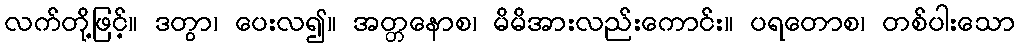
လက်တို့ဖြင့်။ ဒတွာ၊ ပေးလ၍။ အတ္တနောစ၊ မိမိအားလည်းကောင်း။ ပရတောစ၊ တစ်ပါးသော